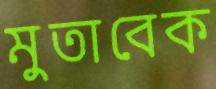
মুতাবেক